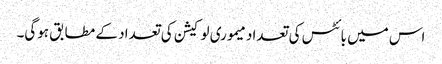
اس میں بائٹس کی تعداد میموری لوکیشن کی تعداد کے مطابق ہوگی۔